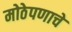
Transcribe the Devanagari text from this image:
मोठेपणाचे